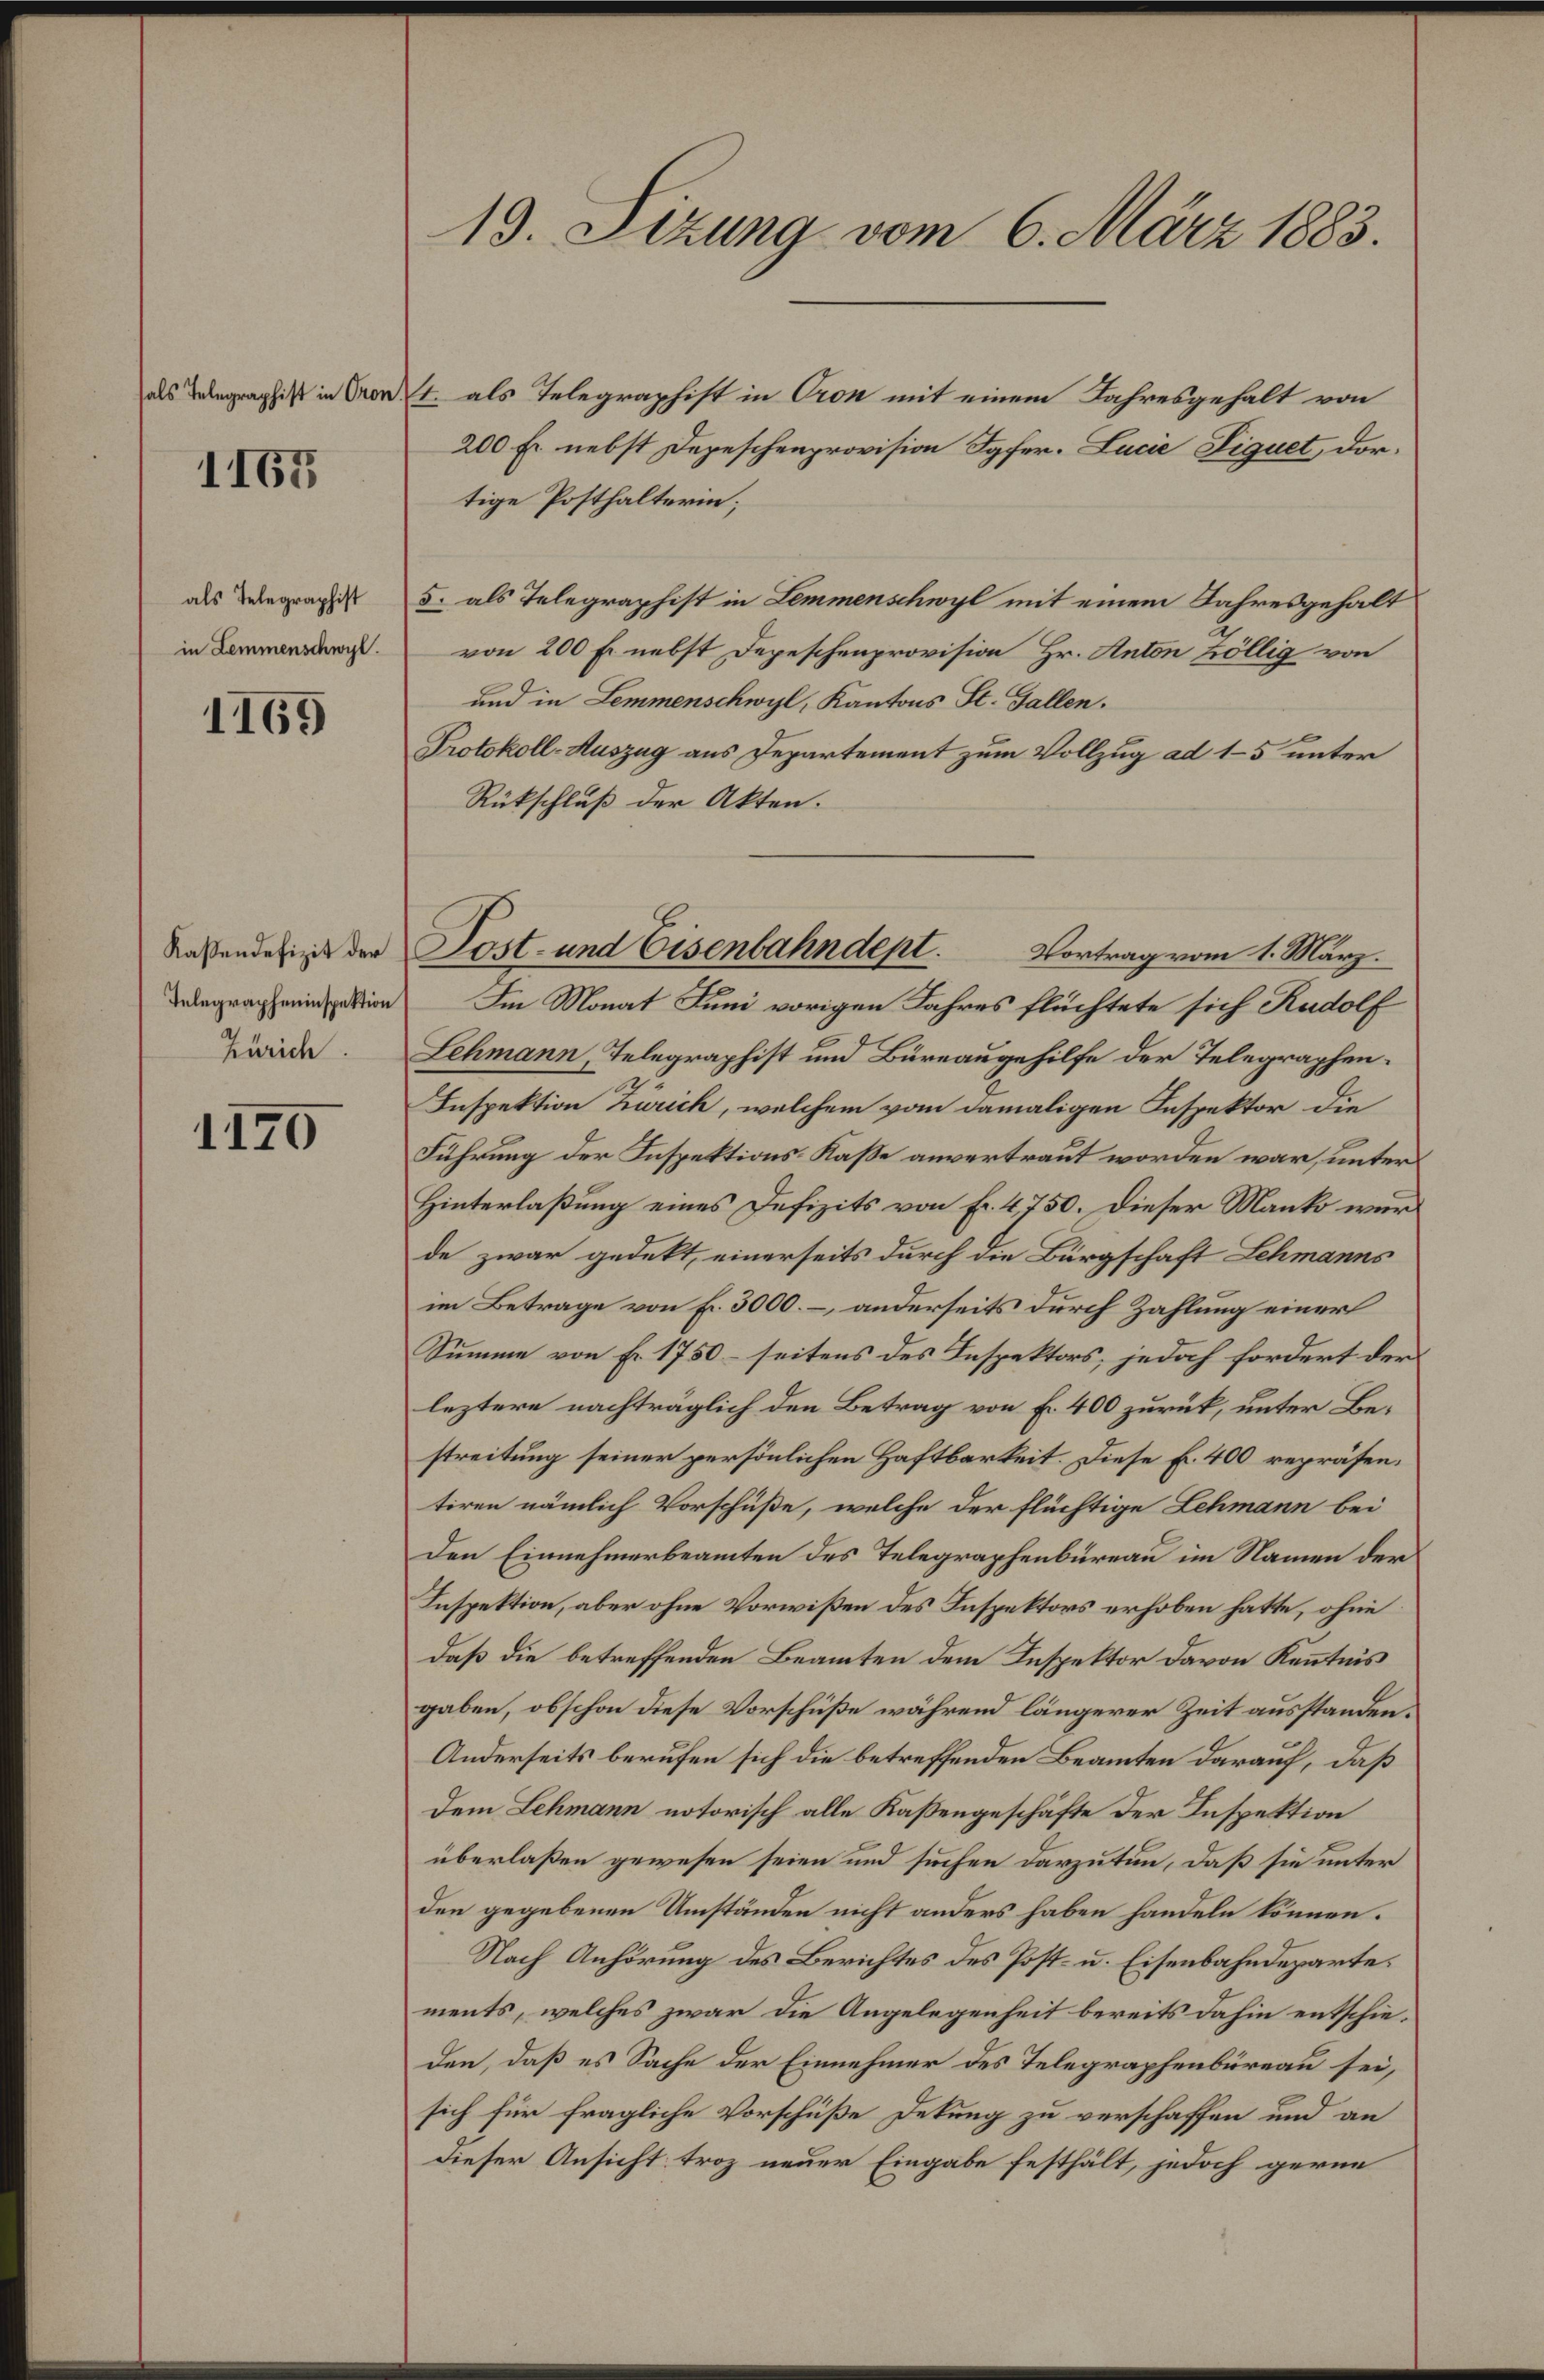
als Telegraphist in Gron.

1167

als Telegraphist
in Lemmenschwyl

1169

Kassendefizit der
Telegrapheninspektion
Zürich

1170

13. Sizung vom 6. März 1883.

4. als Telegraphist in Cron mit einem Jahresgehalt von
200 Fr. nebst Depeschenprovision Igfer. Lucie Liquet, dortige Posthalterin;
5. als Telegraphist in Lemmenschwyl mit einem Jahresgehalt
von 200 Fr. nebst Depeschenprovision Hr. Anton völlig von
und in Lemmenschwyl, Kantons St. Gallen.
Protokoll-Auszug aus Departement zum Vollzug ad 15 unter
Rückschluß der Akten.
Im Monat Juni vorigen Jahres flüchtete sich Rudolf
Lehmann, Telegraphist und Büreaugehilfe der Telegraphen.
Inspektion Zürich, welchem vom damaligen Inspektor die
Führung der Inspektions-Kasse anvertraut worden war, unter
Hinterlaßung eines Defizits von Fr. 4750. Dieser Manko wurde zwar gedekt, einerseits durch die Bürgschaft Lehmanns
im Betrage von Fr. 3000.– anderseits durch Zahlung einer
Summe von Fr. 1750 – seitens des Inspektors, jedoch fordert der
leztere nachträglich den Betrag von Fr. 400 zurück, unter Bestreitung seiner persönlichen Haftbarkeit. Diese Fr. 400 repräsen.
tiren nämlich Vorschüße, welche der flüchtige Lehmann bei
Den Einnehmerbeamten des Telegraphenbureau im Namen der
Inspektion, aber ohne Vorwißen des Inspektors erhoben hatte, ohne
daß die betreffenden Beamten dem Inspektor davon Kenntnis
gaben, obschon diese Vorschüße während längerer Zeit ausstanden.
Anderseits berufen sich die betreffenden Beamten darauf, daß
Dem Lehmann notorisch alle Kaßengeschäfte der Inspektion
überlaßen gewesen seien und suchen Darzutun, daß sie unter
den gegebenen Umständen nicht anders haben handeln können.
Nach Anhörung des Berichtes des Post- u. Eisenbahndepartements, welches zwar die Angelegenheit bereits dahin entschieden, daß es Sache der Einnehmer des Telegraphenbüreau sei,
sich für fragliche Vorschüße Dekung zu verschaffen und an
dieser Ansicht troz neuer Eingabe festhält, jedoch gerne

Post- und Eisenbahndept. Vortrag vom 1. März.